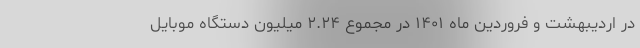
در اردیبهشت و فروردین ماه ۱۴۰۱ در مجموع ۲.۲۴ میلیون دستگاه موبایل